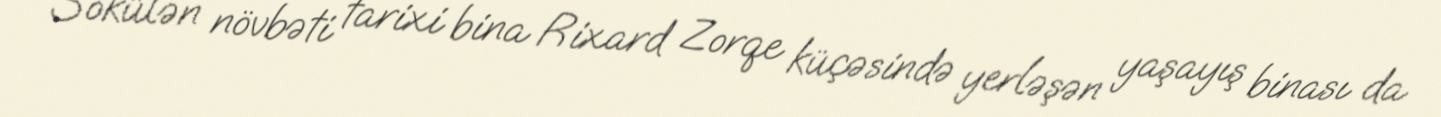
Sökülən növbəti tarixi bina Rixard Zorqe küçəsində yerləşən yaşayış binası da